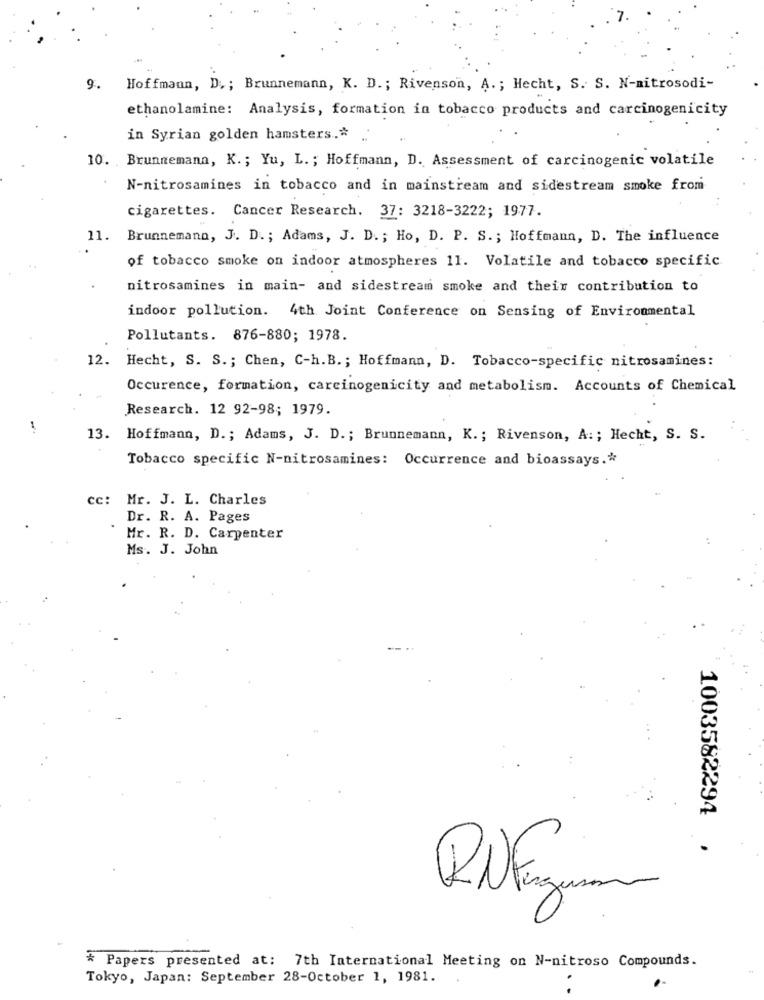
9.
Hoffmann, D. ; Brunnemann, K. D .; Rivenson, A .; Hecht, S. S. N-nitrosodi-
ethanolamine: Analysis, formation in tobacco products and carcinogenicity
in Syrian golden hamsters.#
10. Brunnemann, K .; Yu, L .; Hoffmann, D. Assessment of carcinogenic volatile
N-nitrosamines in tobacco and in mainstream and sidestream smoke from
cigarettes. Cancer Research. 37: 3218-3222; 1977.
11.
Brunnemann, J. D .; Adams, J. D .; Ho, D. P. S .; Hoffmann, D. The influence
of tobacco smoke on indoor atmospheres 11. Volatile and tobacco specific.
nitrosamines in main- and sidestream smoke and their contribution to
indoor pollution. 4th Joint Conference on Sensing of Environmental
Pollutants. 876-880; 1978.
12. Hecht, S. S .; Chen, C-h.B .; Hoffmann, D. Tobacco-specific nitrosamines:
Occurence, formation, carcinogenicity and metabolism. Accounts of Chemical
Research. 12 92-98; 1979.
13.
Hoffmann, D .; Adams, J. D .; Brunnemann, K .; Rivenson, A :; Hecht, S. S.
Tobacco specific N-nitrosamines: Occurrence and bioassays .*
cc: Mr. J. L. Charles
Dr. R. A. Pages
Mr. R. D. Carpenter
Ms. J. John
1003582294
* Papers presented at: 7th International Meeting on N-nitroso Compounds.
Tokyo, Japan: September 28-October 1, 1981.